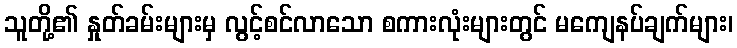
သူတို့၏ နှုတ်ခမ်းများမှ လွင့်စင်လာသော စကားလုံးများတွင် မကျေနပ်ချက်များ၊